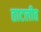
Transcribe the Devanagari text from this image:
ताटलीत